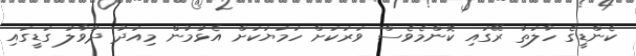
ކެންޑީގެ ހާލަތު ރޭގައި ކޮންމެވެސް ވަރަކަށް ހަމަޔަކަށް އެޅުމުން މިއަދު ދުވާލު ގަޑީގައި